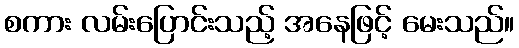
စကား လမ်းပြောင်းသည့် အနေဖြင့် မေးသည်။